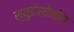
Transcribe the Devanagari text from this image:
स्युडोमोनॉस